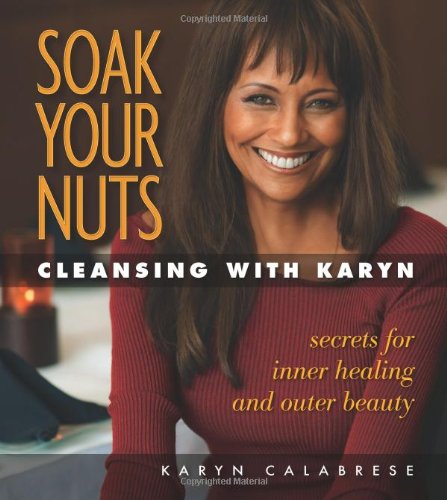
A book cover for Soak Your Nuts: Cleansing With Karyn: Detox Secrets for Inner Healing and Outer Beauty; Karyn Calabrese; Health, Fitness & Dieting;